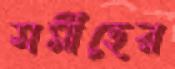
সমীহের